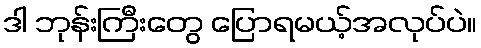
ဒါ ဘုန်းကြီးတွေ ပြောရမယ့်အလုပ်ပဲ။